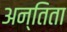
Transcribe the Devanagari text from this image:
अन्तिता